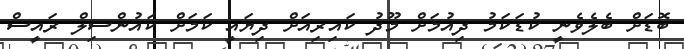
ބޮޑަށް ބެލެވެނީ ކުޑަކަމު ދިއުމަށް މޫދު ކައިރިއަށް ދިޔައީ ކަމަށް ކައުންސިލް ރައީސް